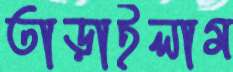
তাড়াইলাম